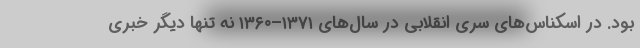
بود. در اسکناس‌های سری انقلابی در سال‌های ۱۳۷۱–۱۳۶۰ نه تنها دیگر خبری